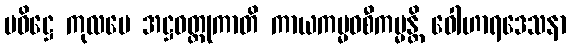
ပဝိဋ္ဌေ ကုလပေ အဋ္ဌဝတ္ထုကာတိ ကာယကမ္မဝစီကမ္မန္တိ ဝေါဟာရဒေသနာ